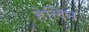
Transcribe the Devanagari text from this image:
हेलिन